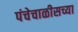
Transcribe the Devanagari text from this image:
पंचेचाळीसच्या